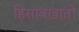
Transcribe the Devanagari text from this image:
हिसाबखातों